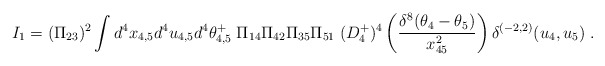
\begin{align*} I_1 = (\Pi_{23})^2 \int d^4x_{4,5}d^4u_{4,5}d^4\theta^+_{4,5}\; \Pi_{14} \Pi_{42}\Pi_{35}\Pi_{51}\; (D^+_4)^4\left({\delta^8(\theta_4-\theta_5)\over x^2_{45}} \right) \delta^{(-2,2)}(u_4,u_5) \ .\end{align*}